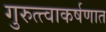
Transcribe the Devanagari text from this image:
गुरुत्त्वाकर्षणात